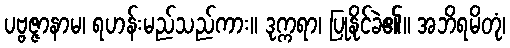
ပဗ္ဗဇ္ဇာနာမ၊ ရဟန်းမည်သည်ကား။ ဒုက္ကရာ၊ ပြုနိုင်ခဲ၏။ အဘိရမိတုံ၊